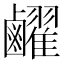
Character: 䴞